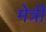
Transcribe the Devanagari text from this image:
मेत्री